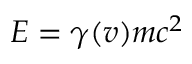
E = \gamma ( v ) m c ^ { 2 }